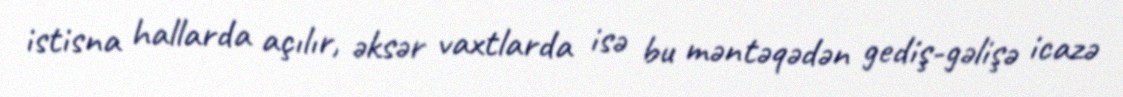
istisna hallarda açılır, əksər vaxtlarda isə bu məntəqədən gediş-gəlişə icazə